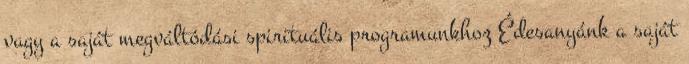
vagy a saját megváltódási spirituális programunkhoz Édesanyánk a saját